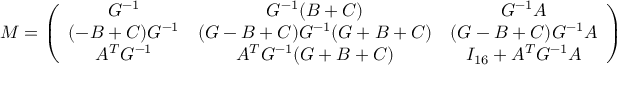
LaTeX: { \cal M } = \left( \begin{array} { c c c } { { G ^ { - 1 } } } & { { G ^ { - 1 } ( B + C ) } } & { { G ^ { - 1 } A } } \\ { { ( - B + C ) G ^ { - 1 } } } & { { ( G - B + C ) G ^ { - 1 } ( G + B + C ) } } & { { ( G - B + C ) G ^ { - 1 } A } } \\ { { A ^ { T } G ^ { - 1 } } } & { { A ^ { T } G ^ { - 1 } ( G + B + C ) } } & { { I _ { 1 6 } + A ^ { T } G ^ { - 1 } A } } \end{array} \right) .